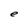
Character: e